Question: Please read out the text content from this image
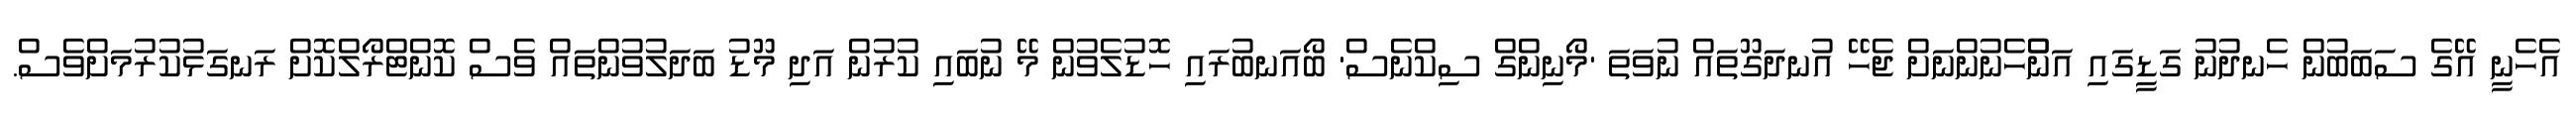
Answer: އެހެނީ އޭގެ ސަބަބުން ހެނދުނު ގަޑީގައި އަންްހެނުންނަށް ޖެހޭ އުނދަގޫތައް ނުވަތަ 'މޯނިންގް ސިކްނެސް' ބޯއަނބުރައި ހޮޑުލެވުން މޭ ނުބައި ކުރުން އަދި މޫޑު ބަދަލުވުންތައް ވެސް ކޮންޓްރޯލްކޮށް ރަނގަޅުކުރުމަށްވެސް.